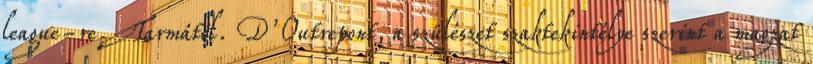
league-re Tarmától. D’Outrepont, a szülészet szaktekintélye szerint a magzat